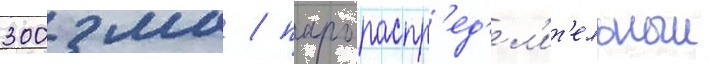
300 мм / парораспр'ед'ел'ит'ельныи